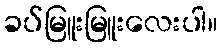
ခပ်မြူးမြူးလေးပါ။